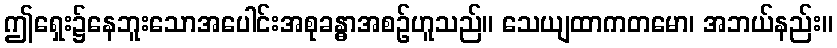
ဤရှေး၌နေဘူးသောအပေါင်းအစုခန္ဓာအစဉ်ဟူသည်။ သေယျထာကတမော၊ အဘယ်နည်း။